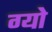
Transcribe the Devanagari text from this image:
ग्यो